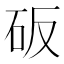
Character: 𰦥